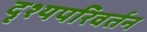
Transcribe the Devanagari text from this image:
दृश्यपरिवर्तन